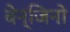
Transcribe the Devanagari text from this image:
बेन्जिनो